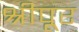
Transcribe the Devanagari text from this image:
श्रीपूर